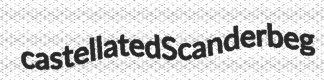
castellated Scanderbeg